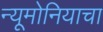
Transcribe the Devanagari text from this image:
न्यूमोनियाचा